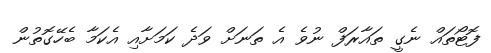
ފޮޓޯތައް ނެގީ ތައާރަފް ނުވެ އެ ތަނަށް ވަދެ ކަމަށާއި އެކަމާ ބެހޭގޮތުން